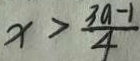
x > \frac { 3 a - 1 } { 4 }